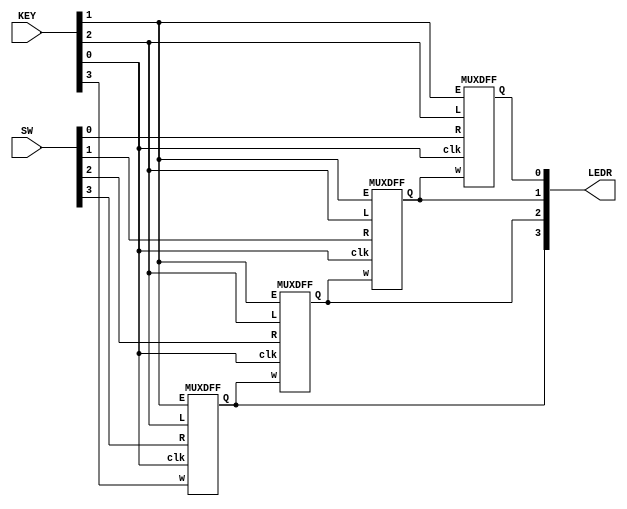
/*

Copyright 2022 Marc Ketel
SPDX-License-Identifier: Apache-2.0

*/

`default_nettype none

module top_module (
    input  wire [3:0] SW,
    input  wire [3:0] KEY,
    output wire [3:0] LEDR
);

  wire clk, E, L, w;
  assign clk = KEY[0];
  assign E   = KEY[1];
  assign L   = KEY[2];
  assign w   = KEY[3];

  MUXDFF md3 (
      clk,
      w,
      SW[3],
      E,
      L,
      LEDR[3]
  );
  MUXDFF md2 (
      clk,
      LEDR[3],
      SW[2],
      E,
      L,
      LEDR[2]
  );
  MUXDFF md1 (
      clk,
      LEDR[2],
      SW[1],
      E,
      L,
      LEDR[1]
  );
  MUXDFF md0 (
      clk,
      LEDR[1],
      SW[0],
      E,
      L,
      LEDR[0]
  );

endmodule

module MUXDFF (
    input  wire clk,
    input  wire w,
    input  wire R,
    input  wire E,
    input  wire L,
    output reg  Q
);
  wire Eo;
  assign Eo = E ? w : Q;

  always @(posedge clk) begin
    Q <= L ? R : Eo;
  end

endmodule